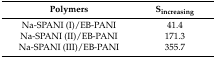
| Polymers | Sincreasing |
 | --- | --- |
 | Na-SPANI (I)/EB-PANI | 41.4 |
 | Na-SPANI (II)/EB-PANI | 171.3 |
 | Na-SPANI (III)/EB-PANI | 355.7 |